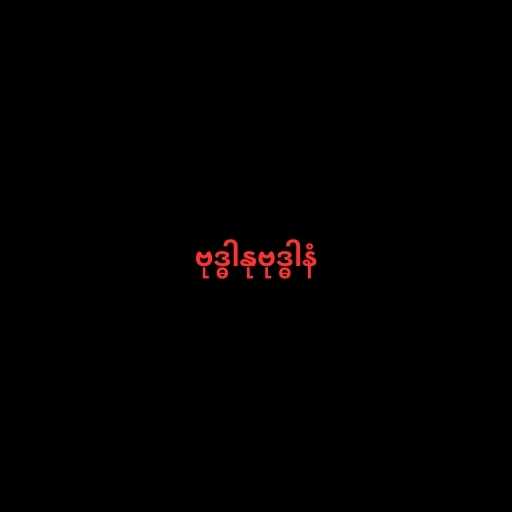
ဗုဒ္ဓါနုဗုဒ္ဓါနံ